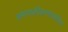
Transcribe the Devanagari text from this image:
संगणकीकरणाकरिता